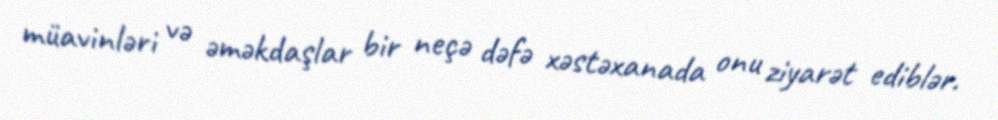
müavinləri və əməkdaşlar bir neçə dəfə xəstəxanada onu ziyarət ediblər.